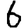
Digit: 6